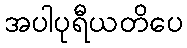
အပါပုရီယတိပေ